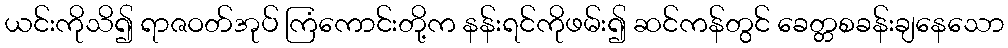
ယင်းကိုသိ၍ ရာဇဝတ်အုပ် ကြံကောင်းတို့က နန်းရင်ကိုဖမ်း၍ ဆင်ကန်တွင် ခေတ္တစခန်းချနေသော